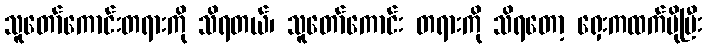
သူတော်ကောင်းတရားကို သိရတယ်၊ သူတော်ကောင်း တရားကို သိရတော့ ရှေးကထက်ပိုပြီး